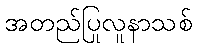
အတည်ပြုလူနာသစ်